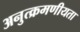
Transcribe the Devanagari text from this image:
अनुत्क्रमणीयता